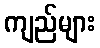
ကျည်များ